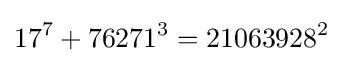
17^{7}+76271^{3}=21063928^{2}\;